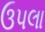
ઉપલા